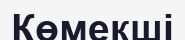
Көмекші